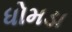
ધોમડા